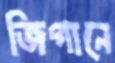
জিগানে